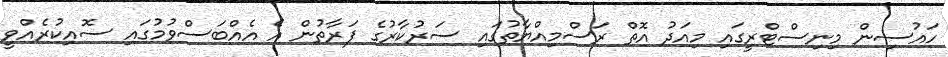
ހައުސިން މިނިސްޓްރީގައި މިއަދު އޮތް ރަސްމިއްޔާތުގައި ސަރުކާރުގެ ފަރާތުން އެ އެއްބަސްވުމުގައި ސޮއިކުރެއްވީ